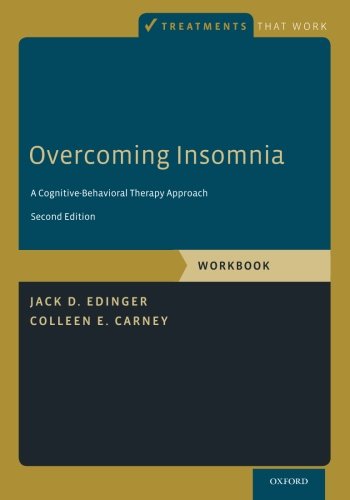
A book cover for Overcoming Insomnia: A Cognitive-Behavioral Therapy Approach, Workbook (Treatments That Work); Jack D. Edinger; Medical Books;